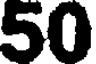
50